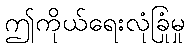
ဤကိုယ်ရေးလုံခြုံမှု